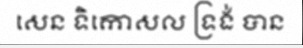
សេន ទិកោសល ទ្រង់ បាន